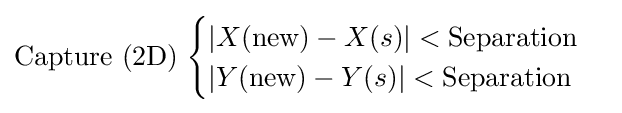
{\text{Capture (2D)}}\;{\begin{cases}\left\vert X({\text{new}})-X(s)\right\vert <{\text{Separation}}\\\left\vert Y({\text{new}})-Y(s)\right\vert <{\text{Separation}}\end{cases}}